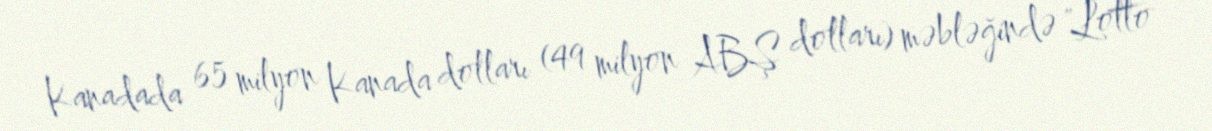
Kanadada 65 milyon Kanada dolları (49 milyon ABŞ dolları) məbləğində "Lotto